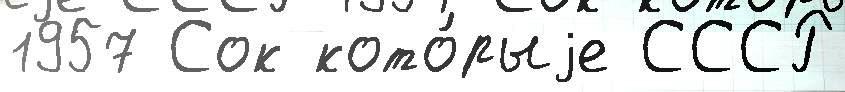
1957 Сок кото́рыjе СССР